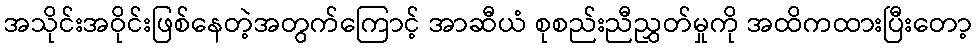
အသိုင်းအဝိုင်းဖြစ်နေတဲ့အတွက်ကြောင့် အာဆီယံ စုစည်းညီညွှတ်မှုကို အထိကထားပြီးတော့